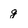
Character: g